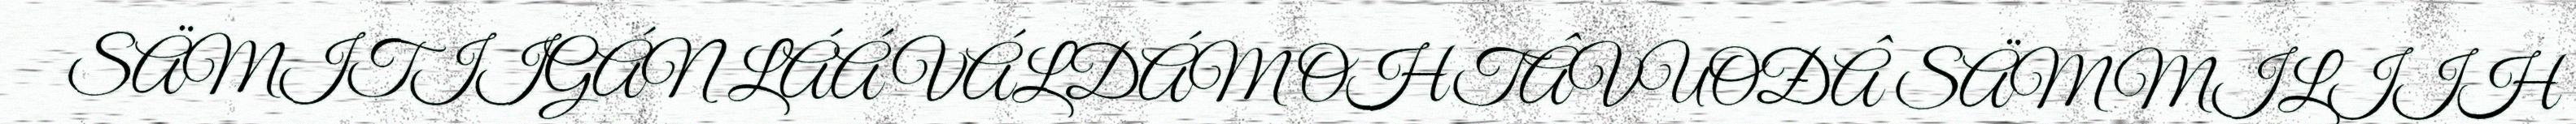
SÄMITIIGÁN LÁÁ VÁLDÁM OHTÂVUOĐÂ SÄMMILIIH